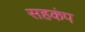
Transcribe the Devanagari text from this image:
सहकंप